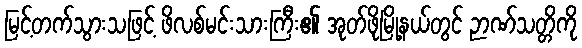
မြင့်တက်သွားသဖြင့် ဖိလစ်မင်းသားကြီး၏ အုတ်ဖိုမြို့နယ်တွင် ဉာဏ်သတ္တိကို